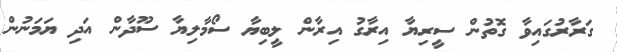
ގަރާރުގައިވާ ގޮތުން ސީރިޔާ އިރާގު އިރާން ލީބިޔާ ސޯމާލިޔާ ސޫދާން އަދި ޔަމަނުން